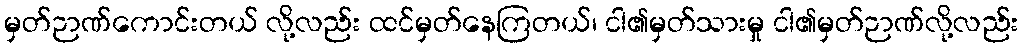
မှတ်ဉာဏ်ကောင်းတယ် လို့လည်း ထင်မှတ်နေကြတယ်၊ ငါ၏မှတ်သားမှု ငါ၏မှတ်ဉာဏ်လို့လည်း